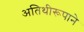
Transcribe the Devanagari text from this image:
अतिथीरूपाने